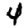
Digit: 4